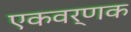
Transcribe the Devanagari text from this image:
एकवर्णक